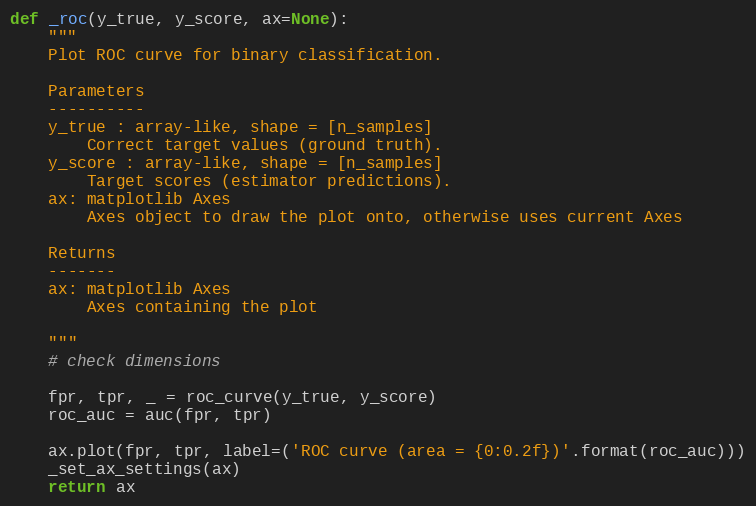
Language: Python
def _roc(y_true, y_score, ax=None):
    """
    Plot ROC curve for binary classification.

    Parameters
    ----------
    y_true : array-like, shape = [n_samples]
        Correct target values (ground truth).
    y_score : array-like, shape = [n_samples]
        Target scores (estimator predictions).
    ax: matplotlib Axes
        Axes object to draw the plot onto, otherwise uses current Axes

    Returns
    -------
    ax: matplotlib Axes
        Axes containing the plot

    """
    # check dimensions

    fpr, tpr, _ = roc_curve(y_true, y_score)
    roc_auc = auc(fpr, tpr)

    ax.plot(fpr, tpr, label=('ROC curve (area = {0:0.2f})'.format(roc_auc)))
    _set_ax_settings(ax)
    return ax